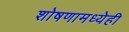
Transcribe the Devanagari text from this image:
शोषणामध्येही